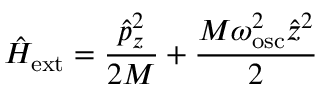
{ \hat { H } } _ { \mathrm { e x t } } = \frac { { \hat { p } } _ { z } ^ { 2 } } { 2 M } + \frac { M \omega _ { \mathrm { o s c } } ^ { 2 } { \hat { z } } ^ { 2 } } { 2 }